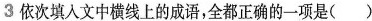
3依次填入文中横线上的成语，全都正确的一项是()